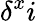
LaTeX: \delta^{x}i